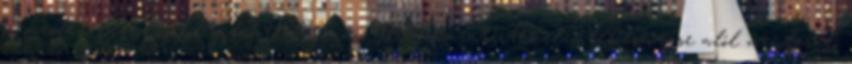
nemesfém forgalmáról jelentést tenni. A kockázatértékelés elkészítése alól mentesülő